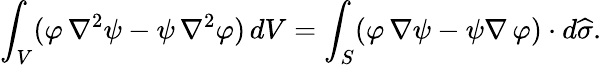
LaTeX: \int_{V}(\varphi\, \nabla^{2}\psi-\psi\, \nabla^{2}\varphi)\, dV=\int_{S}(\varphi\, \nabla\psi-\psi\nabla\, \varphi)\cdot d{\widehat{\sigma}}.